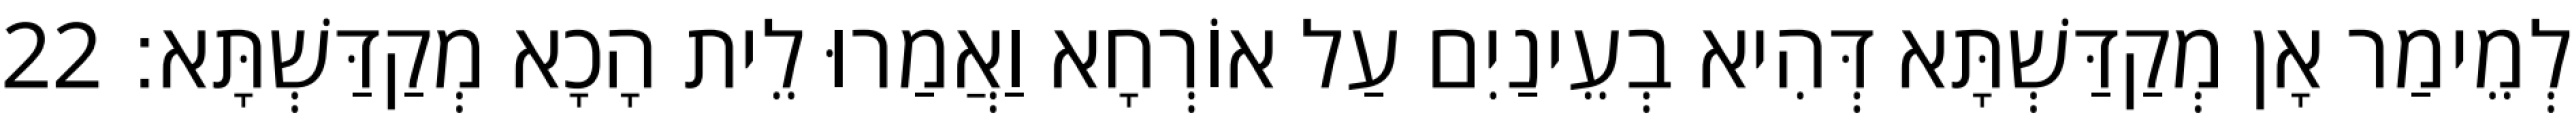
לְמֵימַר אָן מְקַדַּשְׁתָּא דְּהִיא בְעֵינַיִם עַל אוֹרְחָא וַאֲמַרוּ לֵית הָכָא מְקַדַּשְׁתָּא׃ 22